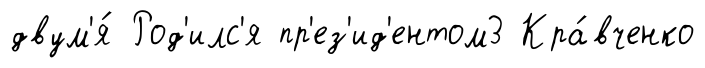
двум'я́ Род'илс'я пр'ез'ид'ентом3 Кра́вченко